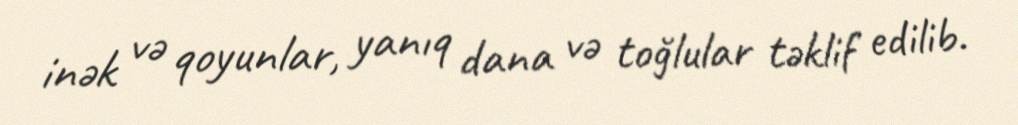
inək və qoyunlar, yanıq dana və toğlular təklif edilib.